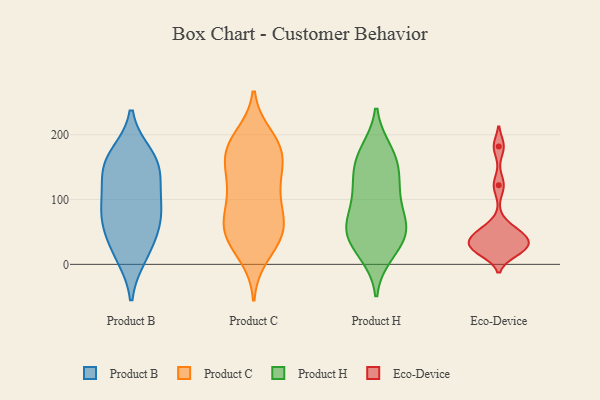
{"axis": {"x": "Page Views", "y": "Value"}, "legend": ["Eco-Device", "Product B", "Product C", "Product H"], "data": [{"x": "", "y": 92, "type": "Product B"}, {"x": "", "y": 86, "type": "Product B"}, {"x": "", "y": 71, "type": "Product B"}, {"x": "", "y": 13, "type": "Product B"}, {"x": "", "y": 140, "type": "Product B"}, {"x": "", "y": 141, "type": "Product B"}, {"x": "", "y": 169, "type": "Product B"}, {"x": "", "y": 165, "type": "Product B"}, {"x": "", "y": 155, "type": "Product B"}, {"x": "", "y": 18, "type": "Product B"}, {"x": "", "y": 50, "type": "Product B"}, {"x": "", "y": 57, "type": "Product B"}, {"x": "", "y": 105, "type": "Product B"}, {"x": "", "y": 107, "type": "Product C"}, {"x": "", "y": 62, "type": "Product C"}, {"x": "", "y": 63, "type": "Product C"}, {"x": "", "y": 127, "type": "Product C"}, {"x": "", "y": 130, "type": "Product C"}, {"x": "", "y": 41, "type": "Product C"}, {"x": "", "y": 167, "type": "Product C"}, {"x": "", "y": 166, "type": "Product C"}, {"x": "", "y": 14, "type": "Product C"}, {"x": "", "y": 120, "type": "Product C"}, {"x": "", "y": 162, "type": "Product C"}, {"x": "", "y": 56, "type": "Product C"}, {"x": "", "y": 189, "type": "Product C"}, {"x": "", "y": 84, "type": "Product C"}, {"x": "", "y": 31, "type": "Product C"}, {"x": "", "y": 44, "type": "Product C"}, {"x": "", "y": 180, "type": "Product C"}, {"x": "", "y": 197, "type": "Product C"}, {"x": "", "y": 181, "type": "Product C"}, {"x": "", "y": 68, "type": "Product C"}, {"x": "", "y": 110, "type": "Product H"}, {"x": "", "y": 64, "type": "Product H"}, {"x": "", "y": 45, "type": "Product H"}, {"x": "", "y": 45, "type": "Product H"}, {"x": "", "y": 174, "type": "Product H"}, {"x": "", "y": 74, "type": "Product H"}, {"x": "", "y": 24, "type": "Product H"}, {"x": "", "y": 165, "type": "Product H"}, {"x": "", "y": 59, "type": "Product H"}, {"x": "", "y": 17, "type": "Product H"}, {"x": "", "y": 145, "type": "Product H"}, {"x": "", "y": 55, "type": "Product H"}, {"x": "", "y": 121, "type": "Product H"}, {"x": "", "y": 117, "type": "Product H"}, {"x": "", "y": 166, "type": "Product H"}, {"x": "", "y": 21, "type": "Eco-Device"}, {"x": "", "y": 30, "type": "Eco-Device"}, {"x": "", "y": 122, "type": "Eco-Device"}, {"x": "", "y": 58, "type": "Eco-Device"}, {"x": "", "y": 47, "type": "Eco-Device"}, {"x": "", "y": 18, "type": "Eco-Device"}, {"x": "", "y": 37, "type": "Eco-Device"}, {"x": "", "y": 27, "type": "Eco-Device"}, {"x": "", "y": 182, "type": "Eco-Device"}, {"x": "", "y": 43, "type": "Eco-Device"}]}